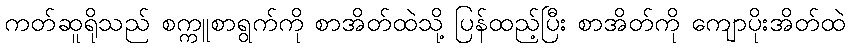
ကတ်ဆူရိုသည် စက္ကူစာရွက်ကို စာအိတ်ထဲသို့ ပြန်ထည့်ပြီး စာအိတ်ကို ကျောပိုးအိတ်ထဲ